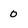
Character: 0